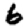
Digit: 6